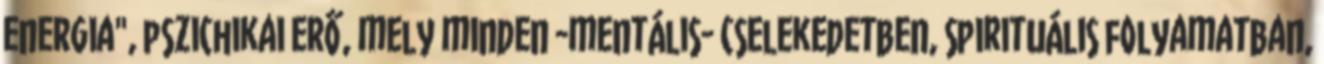
energia", pszichikai erő, mely minden -mentális- cselekedetben, spirituális folyamatban,